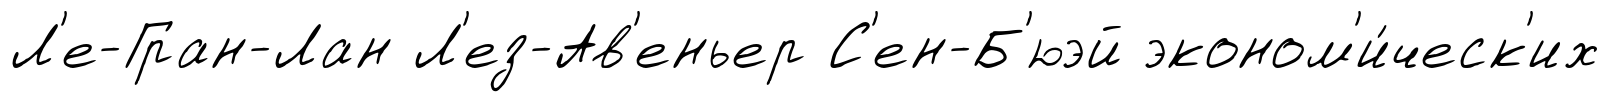
Л'е-Гран-Лан Л'ез-Ав'еньер С'ен-Б'юэй эконом'и́ческ'их